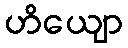
ဟိယျော